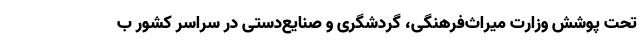
تحت پوشش وزارت میراث‌فرهنگی، گردشگری و صنایع‌دستی در سراسر کشور ب